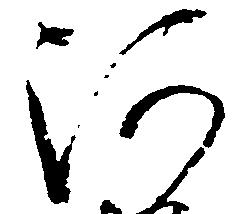
河